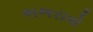
ભભરાવો